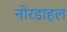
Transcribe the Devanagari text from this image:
नोरडाहल